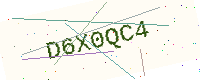
Text: D6X0QC4